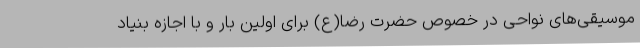
موسیقی‌های نواحی در خصوص حضرت رضا(ع) برای اولین بار و با اجازه بنیاد